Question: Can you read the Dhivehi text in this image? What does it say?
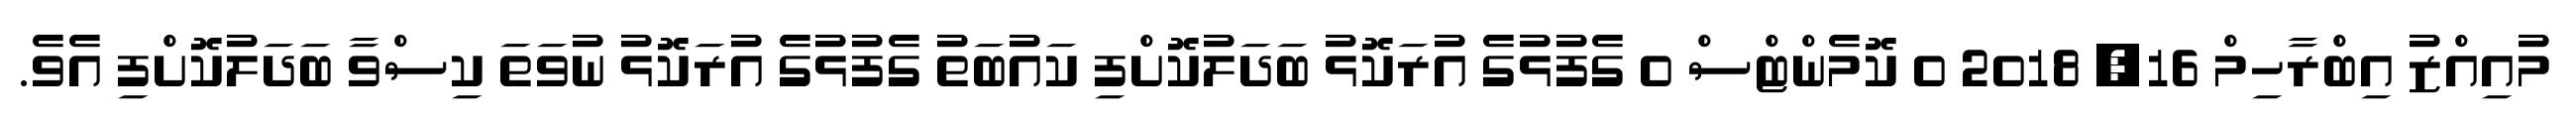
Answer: މުއިއްޒު އިބްރާހިމް 16, 2018 0 ކޮމެންޓްސް 0 ގެފުޅުގެ އުރަކޮޅު ބަދަލުކޮށްފި ކައުބަތު ގެފުޅުގެ އުރަކޮޅު ނުވަތަ ކިސްވާ ބަދަލުކޮށްފި އެވެ.